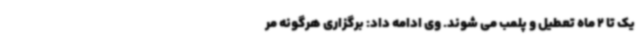
یک تا 2 ماه تعطیل و پلمب می شوند. وی ادامه داد: برگزاری هرگونه مر